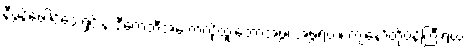
နီပွန်ဖေါင်ဒေးရှင်းနဲ့ ဒီကေဘီအေ ကလို့ထူးဘောအဖွဲ့၊ အဖွဲ့ရယ်၊ ကျနော်တို့ဝန်ကြီးရယ်